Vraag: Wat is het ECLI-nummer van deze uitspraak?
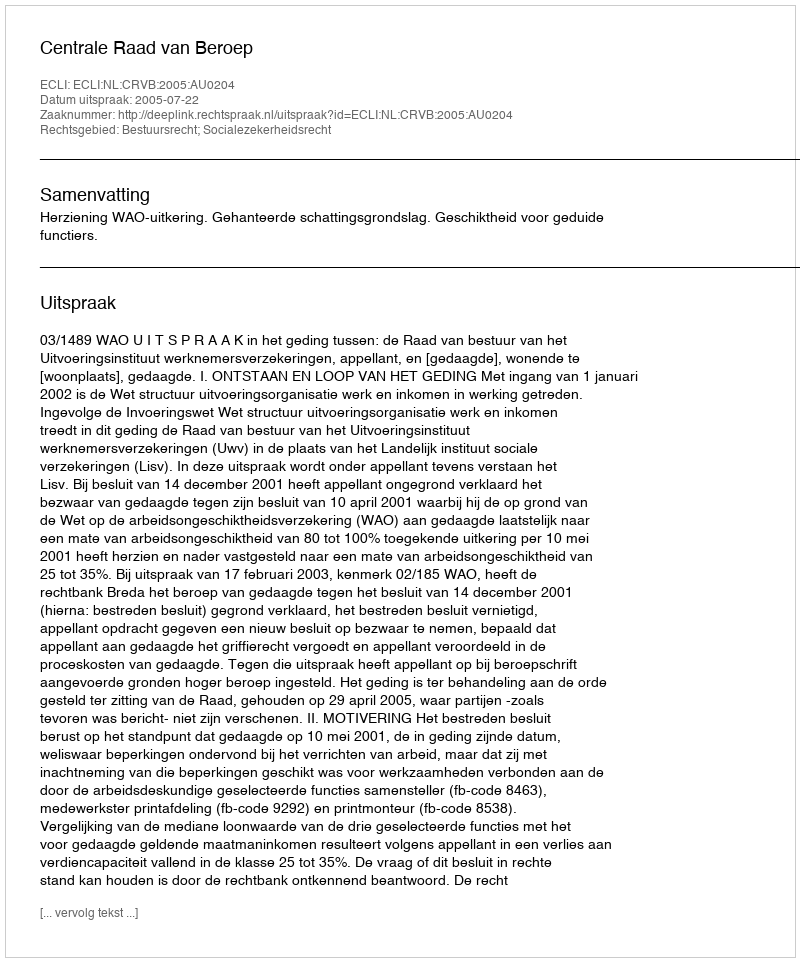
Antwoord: ECLI:NL:CRVB:2005:AU0204